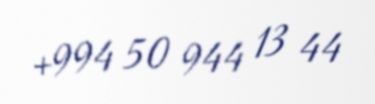
+994 50 944 13 44